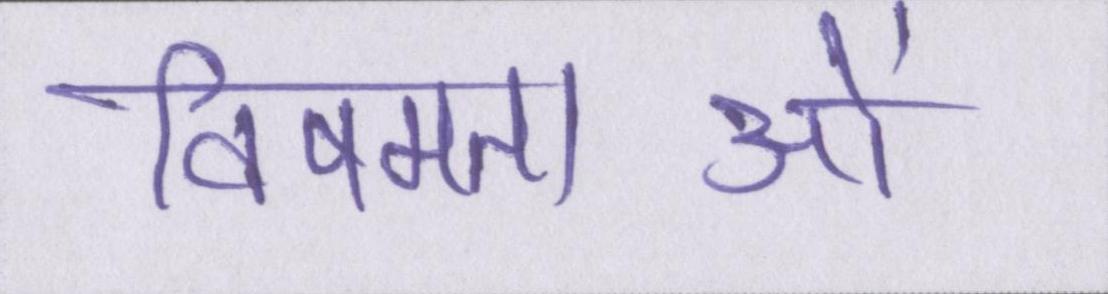
विषमताओं